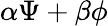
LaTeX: \alpha\Psi+\beta\phi